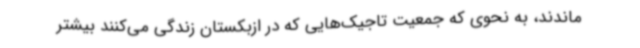
ماندند، به نحوی که جمعیت تاجیک‌هایی که در ازبکستان زندگی می‌کنند بیشتر